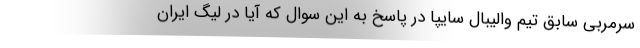
سرمربی سابق تیم والیبال سایپا در پاسخ به این سوال که آیا در لیگ ایران